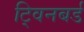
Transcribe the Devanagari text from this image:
ट्विनबर्ड